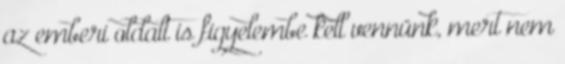
az emberi oldalt is figyelembe kell vennünk, mert nem